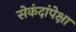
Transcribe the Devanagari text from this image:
सेकंदांपेक्षा